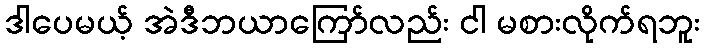
ဒါပေမယ့် အဲဒီဘယာကြော်လည်း ငါ မစားလိုက်ရဘူး